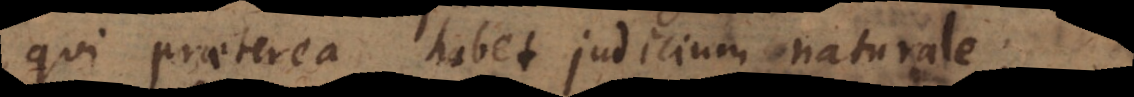
qui praeterea habet judicium naturale,